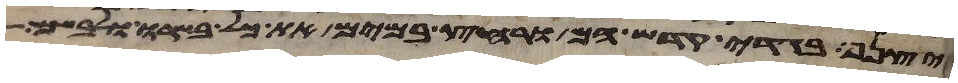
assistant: יצנף בגדי קדש הם ורחץ במים את כל בשרו ולבשם